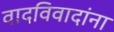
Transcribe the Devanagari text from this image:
वादविवादांना